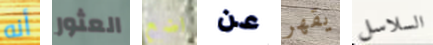
أنه العثور اضع عن يقهر السلاسل